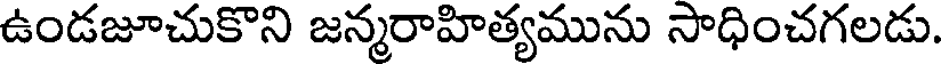
ఉండజూచుకొని జన్మరాహిత్యమును సాధించగలడు.